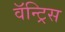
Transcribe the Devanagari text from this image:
वॅन्ट्रिस